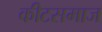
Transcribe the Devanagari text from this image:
कीटसमाज